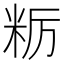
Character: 粝